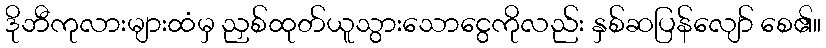
ဒိုဘီကုလားများထံမှ ညှစ်ထုတ်ယူသွားသောငွေကိုလည်း နှစ်ဆပြန်လျော် စေ၏။